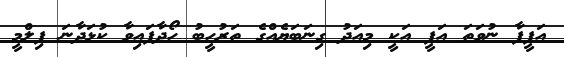
އަފީފާ ނުވަތަ އަފީ އަކީ މިއަދު ގިނަބަޔެއްގެ ތަރުހީބު ހޯދާފައިވާ ކުޅަދާނަ ފިލްމީ